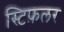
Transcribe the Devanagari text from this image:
स्टिफ़लर